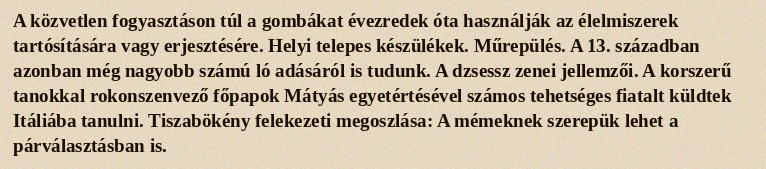
A közvetlen fogyasztáson túl a gombákat évezredek óta használják az élelmiszerek tartósítására vagy erjesztésére. Helyi telepes készülékek. Műrepülés. A 13. században azonban még nagyobb számú ló adásáról is tudunk. A dzsessz zenei jellemzői. A korszerű tanokkal rokonszenvező főpapok Mátyás egyetértésével számos tehetséges fiatalt küldtek Itáliába tanulni. Tiszabökény felekezeti megoszlása: A mémeknek szerepük lehet a párválasztásban is.